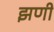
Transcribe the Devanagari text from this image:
झणी